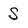
Character: S